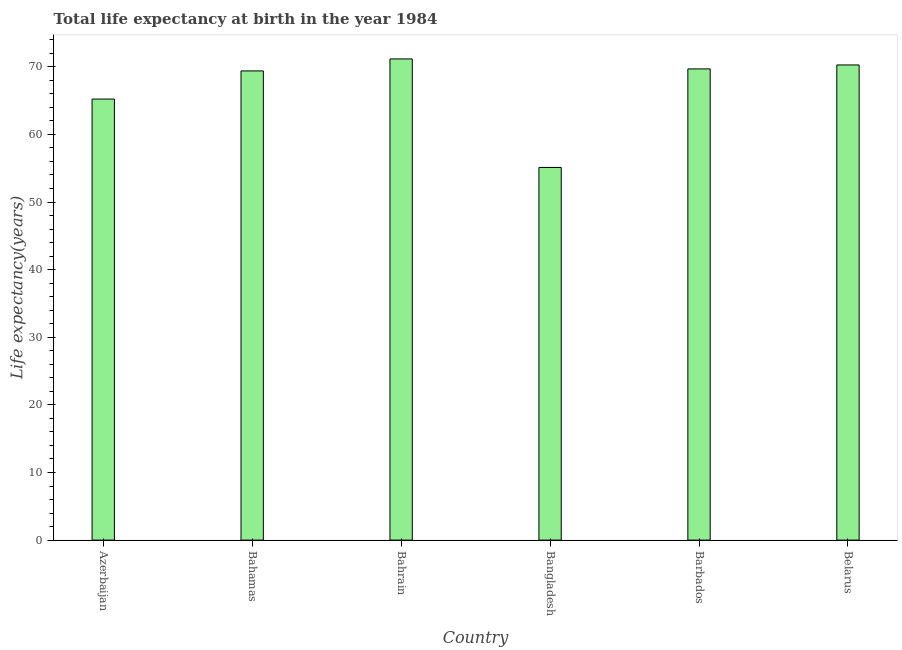
| Country | Life expectancy at birth |
 | --- | --- |
 | Azerbaijan | 65.2 |
 | Bahamas | 69.4 |
 | Bahrain | 71.2 |
 | Bangladesh | 55.1 |
 | Barbados | 69.7 |
 | Belarus | 70.3 |